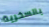
بالسخرية